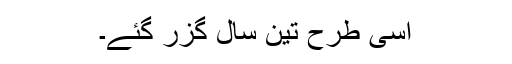
اسی طرح تین سال گزر گئے۔